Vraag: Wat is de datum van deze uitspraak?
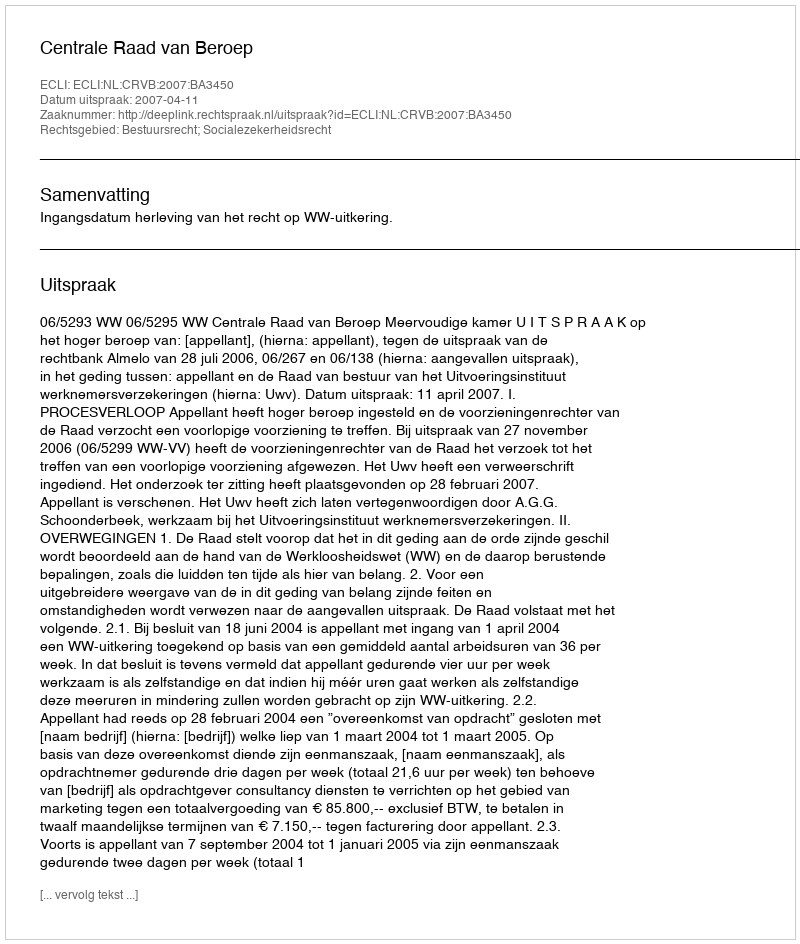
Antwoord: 2007-04-11